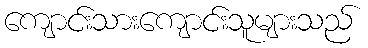
ကျောင်းသားကျောင်းသူများသည်